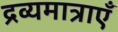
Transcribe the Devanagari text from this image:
द्रव्यमात्राएँ